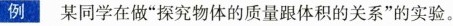
例 某同学在做”探究物体的质量跟体积的关系”的实验。